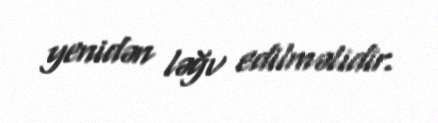
yenidən ləğv edilməlidir.